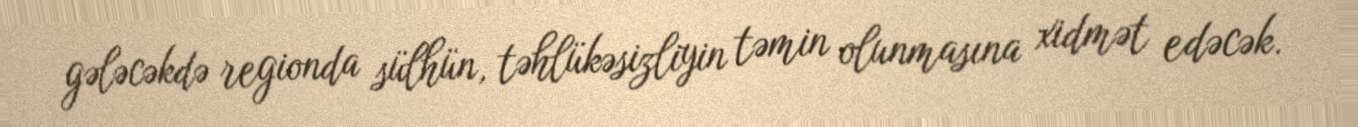
gələcəkdə regionda sülhün, təhlükəsizliyin təmin olunmasına xidmət edəcək.